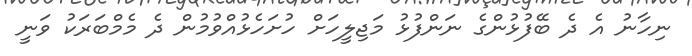
ނިހާނު އެ ދެ ބޭފުޅުންގެ ނަންފުޅު މަޖިލީހަށް ހުށަހެޅުއްވުމުން ދެ މެމްބަރަކު ވަނީ